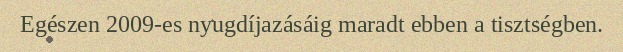
Egészen 2009-es nyugdíjazásáig maradt ebben a tisztségben.